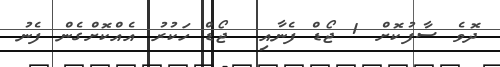
ދޮވެ ސާފުކޮށް 1 ޖޯޑް ފެނާއި  ޖޯޑް ހަކުރު އެއްކޮށްގެން ފެނު